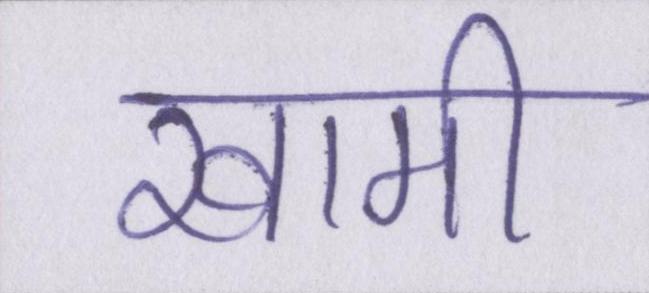
खामी